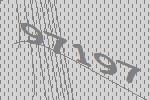
97197